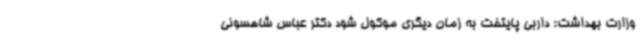
وزارت بهداشت: داربی پایتخت به زمان دیگری موکول شود دکتر عباس شاهسونی